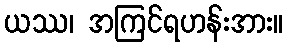
ယဿ၊ အကြင်ရဟန်းအား။